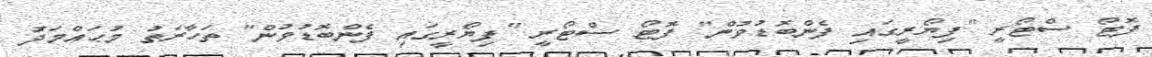
ފޮޓޯ ސްޓޯރީ "ފިޔޯރީގައި ފެންބޮޑުވުން" ފޮޓޯ ސްޓޯރީ "ފިޔޯރީގައި ފެންބޮޑުވުން" ތަހާރަތު މުޙައްމަދު